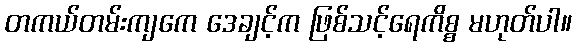
တကယ်တမ်းကျကေ ဒေချင့်က ဖြစ်သင့်ရေကိစ္စ မဟုတ်ပါ။